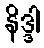
နိဒ္ဒါ